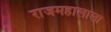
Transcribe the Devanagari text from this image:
राजमहालाला